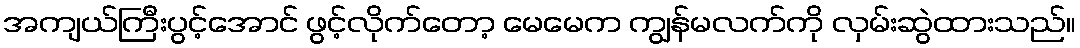
အကျယ်ကြီးပွင့်အောင် ဖွင့်လိုက်တော့ မေမေက ကျွန်မလက်ကို လှမ်းဆွဲထားသည်။